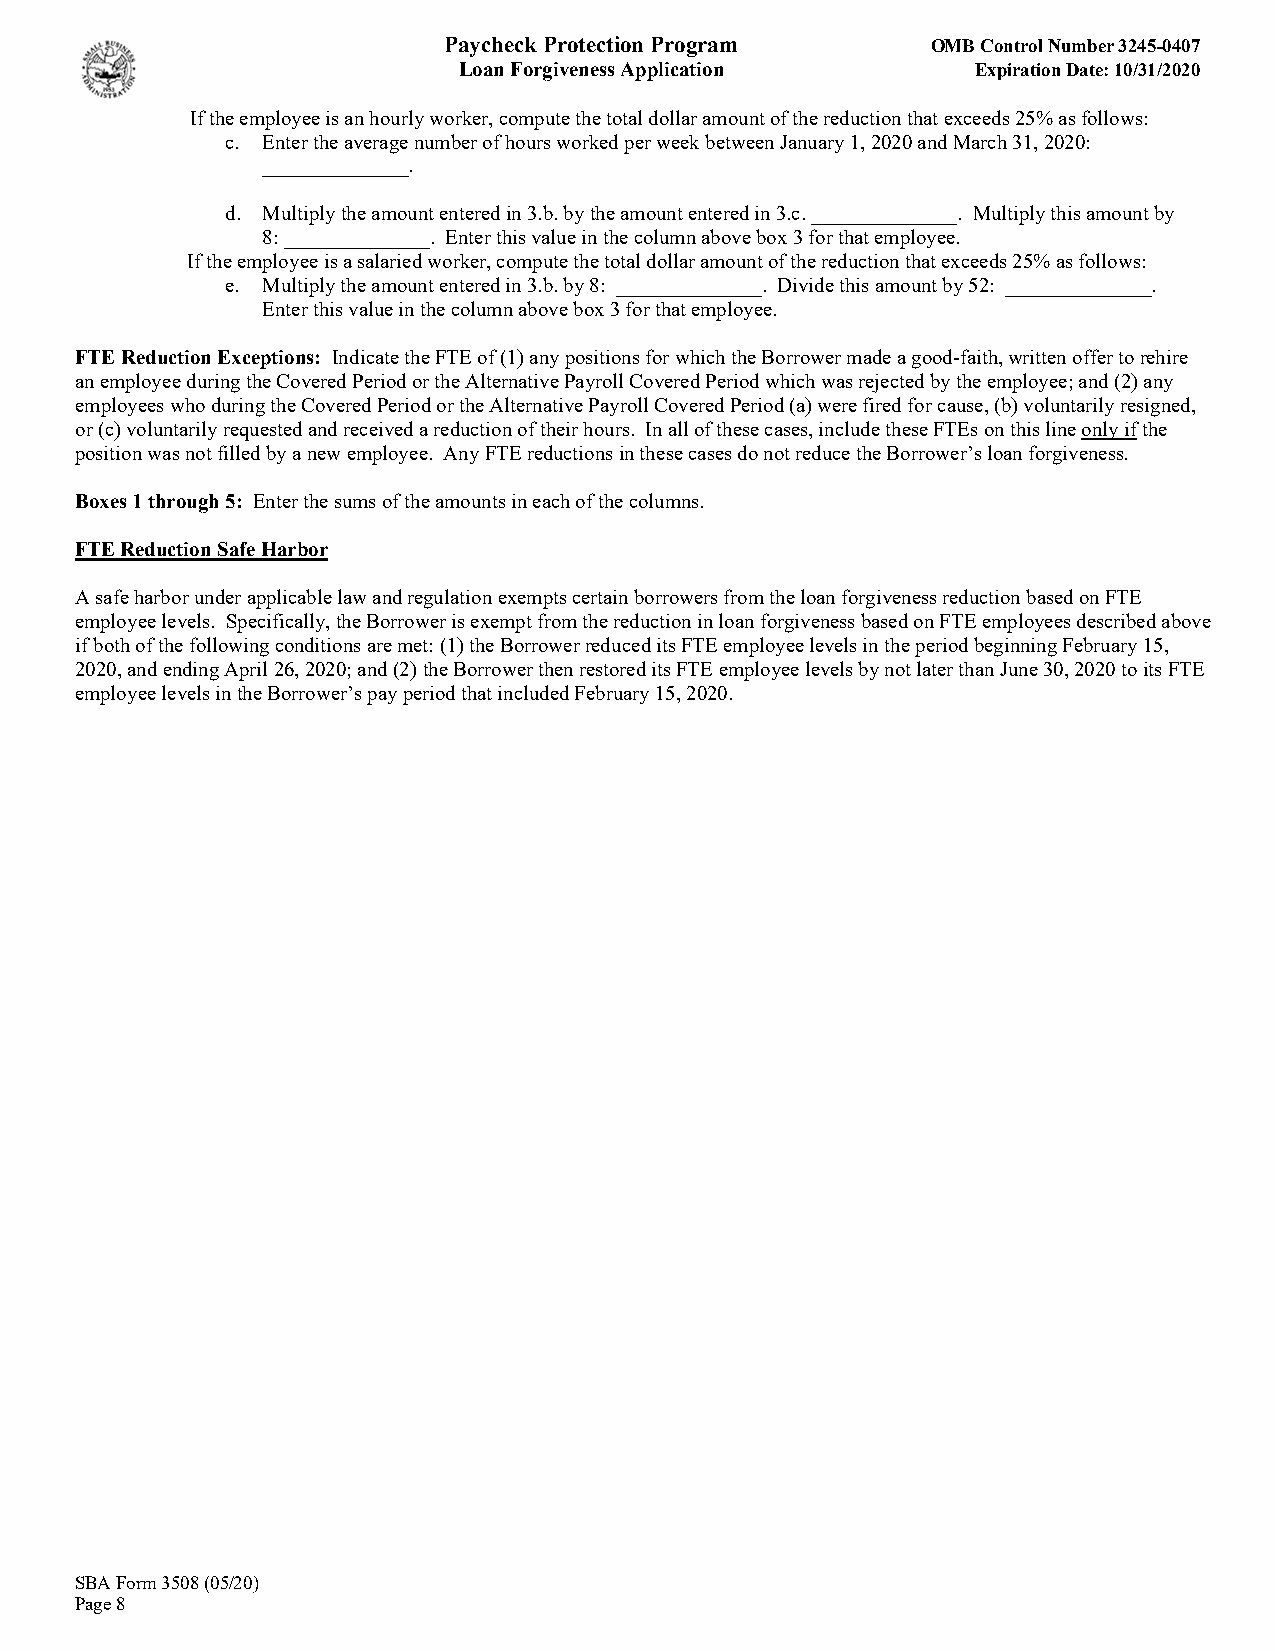
Paycheck Protection Program      OMB Control Number 3245-0407
 Loan Forgiveness Application       Expiration Date: 10/31/2020
 If the employee is an hourly worker, compute the total dollar amount of the reduction that exceeds 25% as follows:
 c. Enter the average number of hours worked per week between January 1, 2020 and March 31, 2020:
 ______________.
 d. Multiply the amount entered in 3.b. by the amount entered in 3.c. ______________. Multiply this amount by
 8: ______________. Enter this value in the column above box 3 for that employee.
 If the employee is a salaried worker, compute the total dollar amount of the reduction that exceeds 25% as follows:
 e. Multiply the amount entered in 3.b. by 8: ______________. Divide this amount by 52: ______________.
 Enter this value in the column above box 3 for that employee.
 FTE Reduction Exceptions: Indicate the FTE of (1) any positions for which the Borrower made a good-faith, written offer to rehire
 an employee during the Covered Period or the Alternative Payroll Covered Period which was rejected by the employee; and (2) any
 employees who during the Covered Period or the Alternative Payroll Covered Period (a) were fired for cause, (b) voluntarily resigned,
 or (c) voluntarily requested and received a reduction of their hours. In all of these cases, include these FTEs on this line only if the
 position was not filled by a new employee. Any FTE reductions in these cases do not reduce the Borrower’s loan forgiveness.
 Boxes 1 through 5: Enter the sums of the amounts in each of the columns.
 FTE Reduction Safe Harbor
 A safe harbor under applicable law and regulation exempts certain borrowers from the loan forgiveness reduction based on FTE
 employee levels. Specifically, the Borrower is exempt from the reduction in loan forgiveness based on FTE employees described above
 if both of the following conditions are met: (1) the Borrower reduced its FTE employee levels in the period beginning February 15,
 2020, and ending April 26, 2020; and (2) the Borrower then restored its FTE employee levels by not later than June 30, 2020 to its FTE
 employee levels in the Borrower’s pay period that included February 15, 2020.
 SBA Form 3508 (05/20)
 Page 8